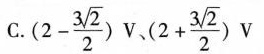
C.$$( 2 - \frac { 3 \sqrt { 2 } } { 2 } ) V$$、$$( 2 + \frac { 3 \sqrt { 2 } } { 2 } ) V$$